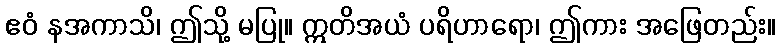
ဧဝံ နအကာသိ၊ ဤသို့ မပြု။ ဣတိအယံ ပရိဟာရော၊ ဤကား အဖြေတည်း။